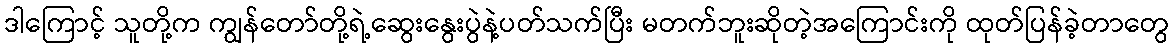
ဒါကြောင့် သူတို့က ကျွန်တော်တို့ရဲ့ဆွေးနွေးပွဲနဲ့ပတ်သက်ပြီး မတက်ဘူးဆိုတဲ့အကြောင်းကို ထုတ်ပြန်ခဲ့တာတွေ